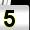
Digit: 5